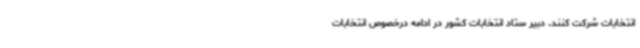
انتخابات شرکت کنند. دبیر ستاد انتخابات کشور در ادامه درخصوص انتخابات